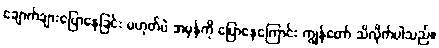
ချောက်ချားပြောနေခြင်း မဟုတ်ပဲ အမှန်ကို ပြောနေကြောင်း ကျွန်တော် သိလိုက်ပါသည်။